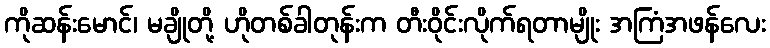
ကိုဆန်းမောင်၊ မချိုတို့ ဟိုတစ်ခါတုန်းက တီးဝိုင်းလိုက်ရတာမျိုး အကြံအဖန်လေး